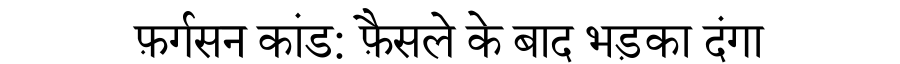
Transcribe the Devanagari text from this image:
फ़र्गसन कांड: फ़ैसले के बाद भड़का दंगा